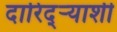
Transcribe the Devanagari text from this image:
दारिद्ऱ्याशी